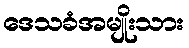
ဒေသခံအမျိုးသား